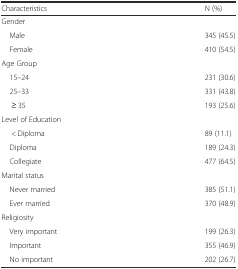
| Characteristics | N (%) |
 | --- | --- |
 | <COLSPAN=2> Gender |
 | Male | 345 (45.5) |
 | Female | 410 (54.5) |
 | <COLSPAN=2> Age Group |
 | 15–24 | 231 (30.6) |
 | 25–33 | 331 (43.8) |
 | ≥ 35 | 193 (25.6) |
 | <COLSPAN=2> Level of Education |
 | < Diploma | 89 (11.1) |
 | Diploma | 189 (24.3) |
 | Collegiate | 477 (64.5) |
 | <COLSPAN=2> Marital status |
 | Never married | 385 (51.1) |
 | Ever married | 370 (48.9) |
 | <COLSPAN=2> Religiosity |
 | Very important | 199 (26.3) |
 | Important | 355 (46.9) |
 | No important | 202 (26.7) |